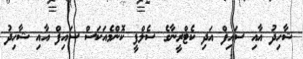
ޝާހިދު އާއި ސައިފް އަދި ކެޓްރީނާގެ ސެލްފީ ކޮންމެއަކަސް ސައިފް އާއި ޝާހިދު